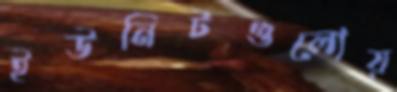
ইউনিটগুলোয়